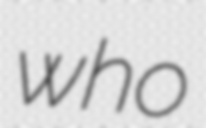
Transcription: who